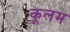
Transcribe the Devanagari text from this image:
कूलम